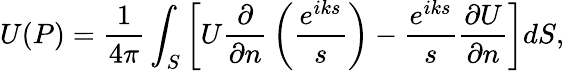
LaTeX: U(P)={\frac{1}{4\pi}}\int_{S}\left[U{\frac{\partial}{\partial n}}\left({\frac{e^{iks}}{s}}\right)-{\frac{e^{iks}}{s}}{\frac{\partial U}{\partial n}}\right]dS,